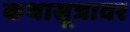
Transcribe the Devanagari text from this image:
कथासूत्रावर